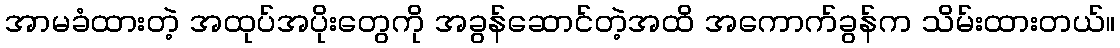
အာမခံထားတဲ့ အထုပ်အပိုးတွေကို အခွန်ဆောင်တဲ့အထိ အကောက်ခွန်က သိမ်းထားတယ်။